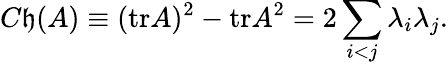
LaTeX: C\mathfrak{h}(A)\equiv(\mathrm{{tr}}A)^{2}-\mathrm{{tr}}A^{2}=2\sum_{i<j}\lambda_{i}\lambda_{j}.